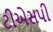
ટીએસપી